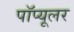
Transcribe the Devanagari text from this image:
पॉप्यूलर